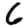
Digit: 6